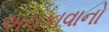
અચકાવાનો